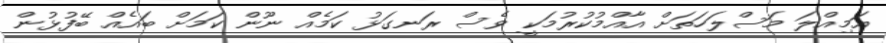
އަމިއްލަ މަސްލަހަތަށް އާއްމުކުރުމަކީ ވެސް ރަނގަޅު ކަމެއް ނޫން ކަމަށް ބައެއް ބޭފުޅުން